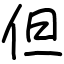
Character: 但